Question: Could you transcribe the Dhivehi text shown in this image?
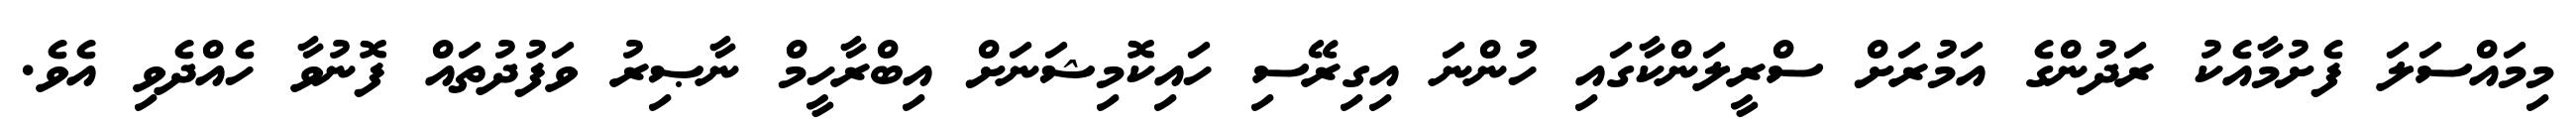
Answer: މިމައްސަލަ ފެށުމާއެކު ރަދުންގެ އަމުރަށް ސްރީލަންކާގައި ހުންނަ އިގިރޭސި ހައިކޮމިޝަނަށް އިބްރާހީމް ނާޞިރު ވަފުދުތައް ފޮނުވާ ހެއްދެވި އެވެ.